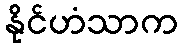
နိုင်ဟံသာက